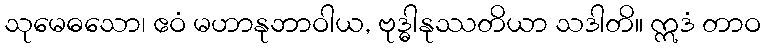
သုမေဓသော၊ ဧဝံ မဟာနုဘာဝါယ, ဗုဒ္ဓါနုဿတိယာ သဒါတိ။ ဣဒံ တာဝ